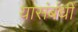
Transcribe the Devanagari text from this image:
यासंबंधीं